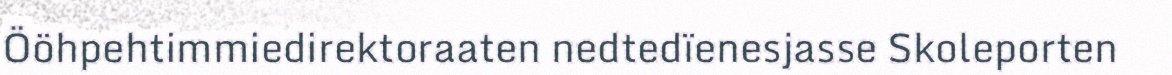
Ööhpehtimmiedirektoraaten nedtedïenesjasse Skoleporten